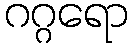
ဂဂ္ဂရော